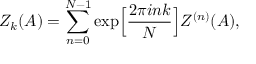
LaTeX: { \cal Z } _ { k } ( A ) = \sum _ { n = 0 } ^ { N - 1 } \exp \Bigl [ \frac { 2 \pi i n k } { N } \Bigr ] { \cal Z } ^ { ( n ) } ( A ) ,